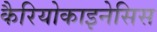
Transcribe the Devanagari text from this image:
कैरियोकाइनेसिस